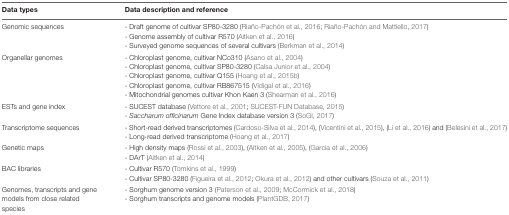
<table><thead><tr><td><b>Data types</b></td><td><b>Data description and reference</b></td></tr></thead><tbody><tr><td>Genomic sequences</td><td>- Draft genome of cultivar SP80-3280 (Riaño-Pachón et al., 2016; Riaño-Pachón and Mattiello, 2017)- Genome assembly of cultivar R570 (Aitken et al., 2016)- Surveyed genome sequences of several cultivars (Berkman et al., 2014)</td></tr><tr><td>Organellar genomes</td><td>- Chloroplast genome, cultivar NCo310 (Asano et al., 2004)- Chloroplast genome, cultivar SP80-3280 (Calsa Junior et al., 2004)- Chloroplast genome, cultivar Q155 (Hoang et al., 2015b)- Chloroplast genome, cultivar RB867515 (Vidigal et al., 2016)- Mitochondrial genomes cultivar Khon Kaen 3 (Shearman et al., 2016)</td></tr><tr><td>ESTs and gene index</td><td>- SUCEST database (Vettore et al., 2001; SUCEST-FUN Database, 2015)- <i>Saccharum officinarum</i> Gene Index database version 3 (SoGI, 2017)</td></tr><tr><td>Transcriptome sequences</td><td>- Short-read derived transcriptomes (Cardoso-Silva et al., 2014), (Vicentini et al., 2015), (Li et al., 2016) and (Belesini et al., 2017)- Long-read derived transcriptome (Hoang et al., 2017)</td></tr><tr><td>Genetic maps</td><td>- High density maps (Rossi et al., 2003), (Aitken et al., 2005), (Garcia et al., 2006)- DArT (Aitken et al., 2014)</td></tr><tr><td>BAC libraries</td><td>- Cultivar R570 (Tomkins et al., 1999)- Cultivar SP80-3280 (Figueira et al., 2012; Okura et al., 2012) and other cultivars (Souza et al., 2011)</td></tr><tr><td>Genomes, transcripts and gene models from close related species</td><td>- Sorghum genome version 3 (Paterson et al., 2009; McCormick et al., 2018)- Sorghum transcripts and genome models (PlantGDB, 2017)</td></tr></tbody></table>